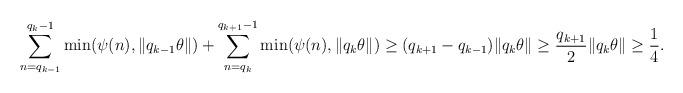
LaTeX: \begin{align*}\sum_{n=q_{k-1}}^{q_k-1}\min(\psi(n),\|q_{k-1}\theta\|)+\sum_{n=q_k}^{q_{k+1}-1}\min(\psi(n),\|q_k\theta\|)\geq(q_{k+1}-q_{k-1})\|q_k\theta\|\geq\frac{q_{k+1}}{2}\|q_k\theta\|\geq\frac{1}{4}.\end{align*}